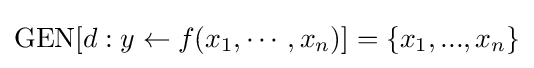
{\mbox{GEN}}[d:y\leftarrow f(x_{1},\cdots ,x_{n})]=\{x_{1},...,x_{n}\}